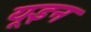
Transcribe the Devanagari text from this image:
यूइन